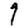
Digit: 7